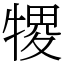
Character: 㹄